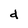
Character: d